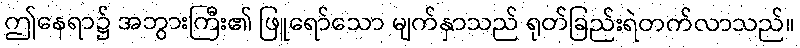
ဤနေရာ၌ အဘွားကြီး၏ ဖြူရော်သော မျက်နှာသည် ရုတ်ခြည်းရဲတက်လာသည်။